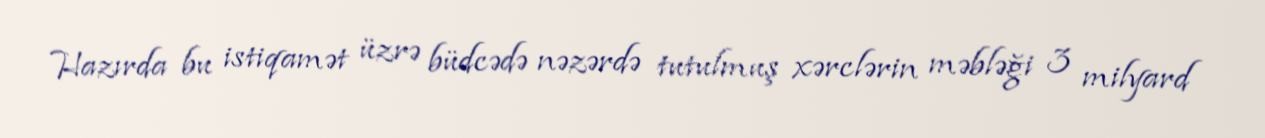
Hazırda bu istiqamət üzrə büdcədə nəzərdə tutulmuş xərclərin məbləği 3 milyard